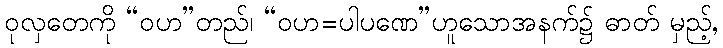
ဝုလှတေကို “ဝဟ”တည်၊ “ဝဟ=ပါပဏေ”ဟူသောအနက်၌ ဓာတ် မှည့်,